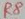
Text: P8